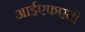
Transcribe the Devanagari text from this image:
आईएफएबी